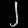
Digit: ၂